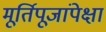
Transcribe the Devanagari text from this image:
मूर्तिपूजांपेक्षा